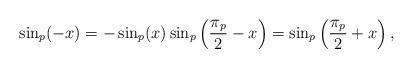
LaTeX: \begin{align*} \sin_p(-x)=-\sin_p(x) \sin_p\left(\frac{\pi_p}{2}-x\right)=\sin_p\left(\frac{\pi_p}{2}+x\right),\end{align*}